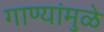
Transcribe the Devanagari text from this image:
गाण्यांमुळे